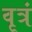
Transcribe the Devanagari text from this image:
वृत्रं